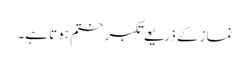
نماز کے ذریعے تکبر ختم ہوتا ہے۔